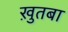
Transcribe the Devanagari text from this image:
ख़ुतबा